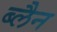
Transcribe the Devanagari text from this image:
ब्लैन